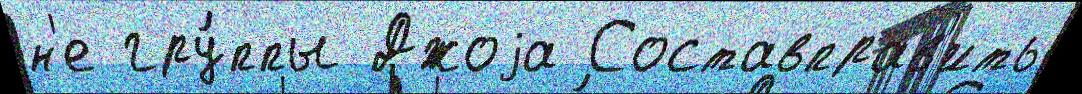
н'е гру́ппы Джоjа Составправ'ить